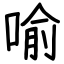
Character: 喻